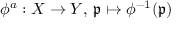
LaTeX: \phi ^ { a } : X \to Y , \, { \mathfrak { p } } \mapsto \phi ^ { - 1 } ( { \mathfrak { p } } )